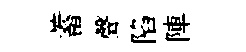
蓄聲陷陣